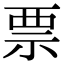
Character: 票